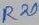
Text: R20